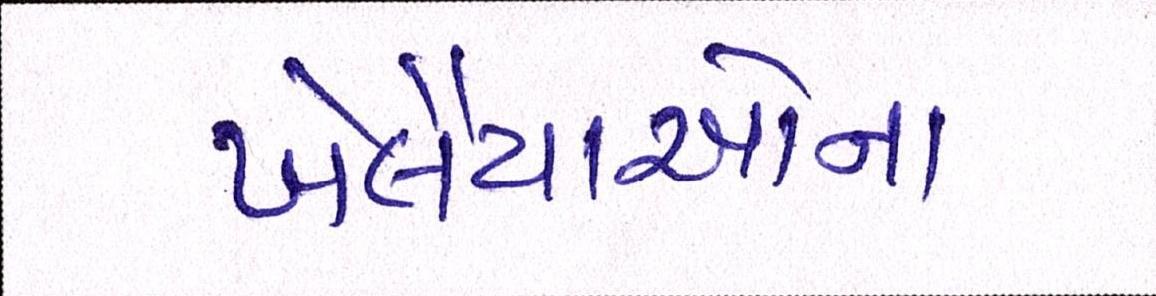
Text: ખેલૈયાઓના